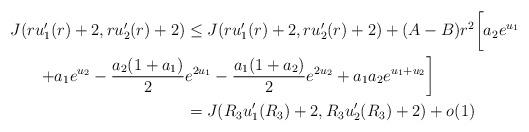
LaTeX: \begin{align*}J(ru_1'(r)+2, ru_2'(r)+2)&\le J(ru_1'(r)+2, ru_2'(r)+2)+(A-B)r^2\bigg[a_2e^{u_1}\\\quad+a_1e^{u_2}-\frac{a_2(1+a_1)}{2}&e^{2u_1}-\frac{a_1(1+a_2)}{2}e^{2u_2}+a_1a_2e^{u_1+u_2}\bigg]\\&=J(R_3u_1'(R_3)+2, R_3u_2'(R_3)+2)+o(1)\end{align*}